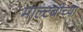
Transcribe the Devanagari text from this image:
माल्टबीच्या